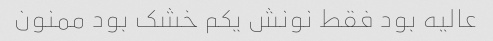
عالیه بود فقط نونش یکم خشک بود ممنون